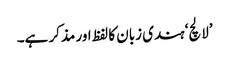
’لالچ‘ ہندی زبان کا لفظ اور مذکر ہے۔